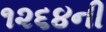
૧૨૬૪ની